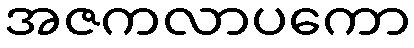
အဇကလာပကော